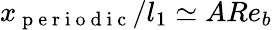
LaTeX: x_{\mathrm{~p~e~r~i~o~d~i~c~}}/l_{1}\simeq ARe_{b}